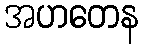
အဟတေန